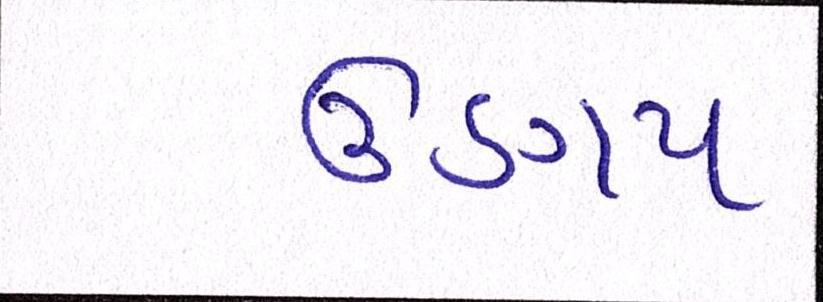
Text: ઊણપ